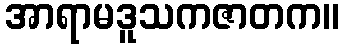
အာရာမဒူသကဇာတက။